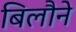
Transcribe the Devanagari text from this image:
बिलौने